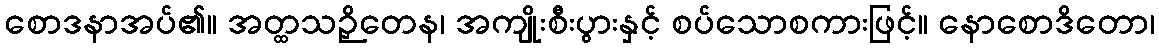
စောဒနာအပ်၏။ အတ္ထသဉှိတေန၊ အကျိုးစီးပွားနှင့် စပ်သောစကားဖြင့်။ နောစောဒိတော၊